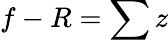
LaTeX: f-R=\sum z